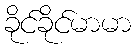
ခိုင်ခိုင်မာမာ